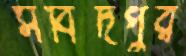
সবিদপুর